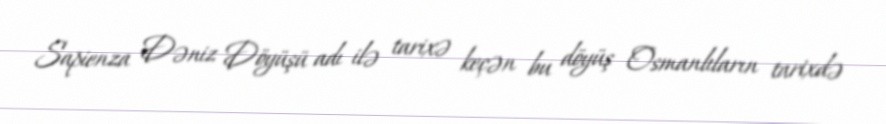
Sapienza Dəniz Döyüşü adı ilə tarixə keçən bu döyüş Osmanlıların tarixdə